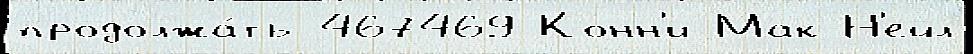
продолжа́ть 467469 Конн'и Мак-Н'ейл